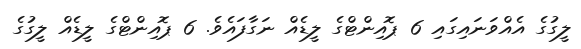
ލީގުގެ އެއްވަނައިގައި 6 ޕޮއިންޓްގެ ލީޑެއް ނަގާފައެވެ. 6 ޕޮއިންޓްގެ ލީޑެއް ލީގުގެ